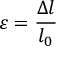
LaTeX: \varepsilon = { \frac { \Delta l } { l _ { 0 } } }